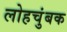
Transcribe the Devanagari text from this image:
लोहचुंबक